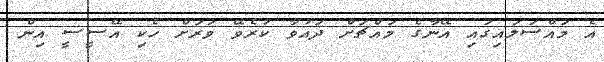
އެ މައްސަލައިގައި އޭނާގެ މައްޗަށް ދައުވާ ކުރެވޭ ވަރަށް ހެކި އޭސީސީ އިން